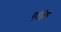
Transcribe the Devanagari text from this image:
एक्नि